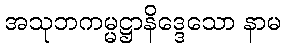
အသုဘကမ္မဋ္ဌာနိဒ္ဒေသော နာမ